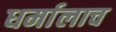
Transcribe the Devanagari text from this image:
धर्मालाच